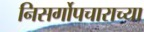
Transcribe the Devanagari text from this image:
निसर्गोपचाराच्या